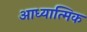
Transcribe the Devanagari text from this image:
आध्‍यात्मिक